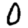
Digit: 0